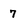
Character: 7